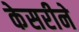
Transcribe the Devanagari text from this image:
केसरीने